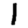
Digit: 1